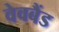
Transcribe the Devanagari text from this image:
वेवबैंड